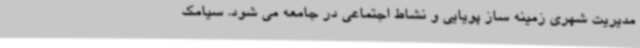
مدیریت شهری زمینه ساز پویایی و نشاط اجتماعی در جامعه می شود. سیامک